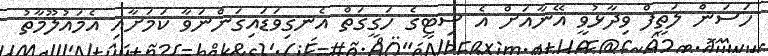
ހަސަން ލަތީފް ވިދާޅުވީ އޭނާއަށް އެ ސިޓީގެ ހަގީގަތް އެނގިވަޑައިގަންނަވާ ކަމަށާއި އެމައުލޫމާތު